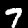
Digit: 7